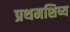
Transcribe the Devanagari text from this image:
प्रथमशिष्य